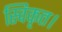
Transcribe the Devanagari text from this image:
स्विकृत।